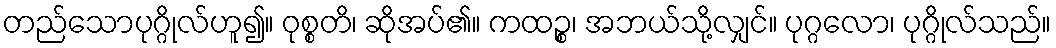
တည်သောပုဂ္ဂိုလ်ဟူ၍။ ဝုစ္စတိ၊ ဆိုအပ်၏။ ကထဉ္စ၊ အဘယ်သို့လျှင်။ ပုဂ္ဂလော၊ ပုဂ္ဂိုလ်သည်။